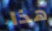
هذا